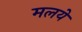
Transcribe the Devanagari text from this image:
मलये